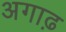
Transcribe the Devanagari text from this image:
अगाढ़